Report on horse surra - Volume II, Part II
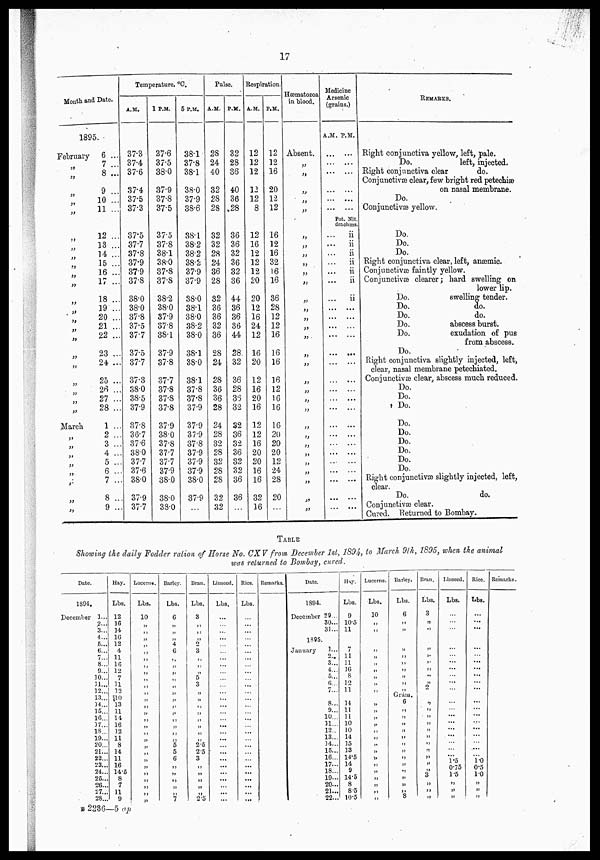
17
Month and Date.
1895.
February
„
„
„
„
„
„
„
„
„
„
„
„
„
„
„
„
„
„
„
„
„
„
„
„
March
„
„
„
„
„
„
„
„
„
„
6 ...
7 ...
8 ...
9 ...
10 ...
11 ...
12 ...
13 ...
14 ...
15 ...
16 ...
17 ...
18 ...
19 ...
20 ...
21 ...
22 ...
23 ...
24 ...
25 ...
26 ...
27 ...
28 ...
1 ...
2 ...
3 ...
4 ...
5 ...
6 ..
7 ..
8 ..
9 ..
Temperature. °C.
A.M.
37.3
37.4
37.6
37.4
37.5
37.3
37.5
37.7
37.8
37.9
37.9
37.8
38.0
38.0
37.8
37.5
37.7
37.5
37.7
37.3
38.0
38.5
37.9
37.8
36.7
37.6
38.0
37.7
37.6
38.0
37.9
37.7
1 P.M.
37.6
37.5
38.0
37.9
37.8
37.5
37.5
37.8
38.1
38.0
37.8
37.8
38.2
38.0
37.9
37.8
38.1
37.9
37.8
37.7
37.8
37.8
37.8
37.9
38.0
37.8
37.7
37.7
37.9
38.0
38.0
38.0
5 P.M.
38.1
37.8
38.1
38.0
37.9
38.6
38.1
38.2
38.2
38.2
37.9
37.9
38.0
38.1
38.0
38.2
38.0
38.1
38.0
38.1
37.8
37.8
37.9
37.9
37.9
37.8
37.9
37.9
37.9
38.0
37.9
Pulse.
A.M.
28
24
40
32
28
28
32
32
28
24
36
28
32
36
36
32
36
28
24
28
36
36
28
24
28
32
28
32
28
28
32
32
P.M.
32
28
36
40
36
28
36
36
32
36
32
36
44
36
36
36
44
28.
32
36
28
36
32
32
36
32
36
32
32
36
36
Respiration.
A.M.
12
12
12
12
12
8
12
16
12
12
12
20
20
12
16
24
12
16
20
12
16
20
16
12
12
16
20
20
16
16
32
16
P.M.
12
12
16
20
12
12
16
12
16
32
16
16
36
28
12
12
16
16
16
16
12
16
16
16
20
20
20
12
24
28
20
Hæmatozoa
in blood.
Absent.
„
„
„
„
„
„
„
„
„
„
„
„
„
„
„
„
„
„
„
„
„
„
„
„
„
„
„
„
„
„
Medicine
Arsenic
(grains.)
A.M.
...
...
...
...
...
Po
dr
...
...
...
...
...
...
.. .
...
...
...
...
...
...
...
...
...
...
...
...
...
...
...
...
...
P.M.
...
...
...
...
...
t. Nit.
achms.
ii
ii
ii
ii
ii
ii
ii
...
...
...
...
...
...
...
...
...
...
...
...
...
...
...
...
REMARKS.
Right conjunctiva yellow, left, pale.
Do.
left, injected.
Eight conjunctiva clear
do.
Conjunctivæ clear, few bright red petechiæ
on nasal membrane.
Do.
Conjunctivæ yellow.
Do.
Do.
Do.
Right conjunctiva clear, left, anæmic.
Conjunctivæ faintly yellow.
Conjunctivæ clearer; hard swelling on
lower lip.
Do.
swelling tender.
Do.
do.
Do.
do.
Do.
abscess burst.
Do.
exudation of pus
from abscess.
Do.
Right conjunctiva slightly injected, left,
clear, nasal membrane petechiated.
Conjunctivæ clear, abscess much reduced.
Do.
Do.
Do.
Do.
Do.
Do.
Do.
Do.
Do.
Right conjunctivæ slightly injected, left,
clear.
Do.
do.
Conjunctivæ) clear.
Cured. Returned to Bombay.
TABLE
Showing the daily Fodder ration of Horse No. GXV from December1st 1894, to March 9(h, 1S95, when the animal
was returned to Bombay, cured.
Date.
1894.
December 1...
2...
3...
4...
5...
6...
7...
8...
9...
10...
31...
12...
13...
34...
15...
16...
37...
18...
19...
20...
21...
22...
23...
24...
25...
26...
27...
28...
Hay.
Lbs.
12
16
14
16
12
4
11
16
12
7
11
12
|10
13
11
14
16
1 2
11
8
14
11
16
14.5
8
7
11
9
Lucerne.
Lbs.
10
„
„
„
„
„
„
„
„
„
„
„
„
„
„
„
„
„
„
„
„
„
„
„
„
„
„
„
Barley.
Lbs.
6
„
„
„
4
6
„
„
„
„
„
„
„
„
„
„
„
„
„
5
5
6
„
„
„
„
„
7
Bran.
Lbs.
3
„
„
„ 2
3
„
„
„
5
3
„
„
„
„
„
„
„
„
2.5
2 5
3
„
„
„
„
„
2.5
Linseed.
Lbs.
...
...
...
...
...
...
...
...
...
...
...
...
...
...
...
...
...
...
...
...
...
...
...
...
...
...
...
...
Rice.
Lbs.
...
...
...
...
...
...
...
...
...
...
...
...
...
...
...
...
...
...
...
...
...
...
...
...
...
...
...
...
Remarks.
Date.
1894.
December 29...
30...
31...
1895
January
.....
2,.
3...
4...
5..
6...
7...
8...
9...
10...
11...
12..
13...
14...
15...
16...
17...
18...
19...
20...
21...
22...
Hay.
Lbs.
9
10.5
11
7
11
11
16
8
12
11
14
11
11
10
10
14
35
13
14.5
14
9
14.5
8
8.5
10.5
Lucerne.
Lbs.
10
„
„
„
„
„
„
„
„
„
„
„
„
„
„
„
„
„
„
„
„
„
„
„
„
Barley.
Lbs.
6
„
„
'„
„
„
„
„
„
„
Gram.
6
„
„
„
„
„
„
„
„
„
„
„
„
„
8
Bran
Lbs.
3
„
„
„
„
„
„
„
„
2
„
„
„
„
„
„
„
„
„
„
„
3
„
„
„
Linseed.
Lbs.
...
..
...
...
...
...
...
...
...
...
...
...
......
...
...
...
...
...
...
...
...
1.5
0.75
1.5
„
„
„
Rice.
Lbs.
...
...
...
...
...
...
...
...
...
...
...
...
...
...
...
...
...
...
...
...
1.0
0.5
1.0
„
„
„
Remarks.
B 2236—5 ap